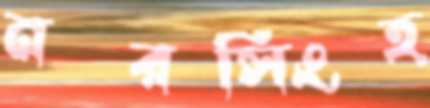
নরসিংহ